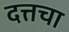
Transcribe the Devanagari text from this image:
दत्तचा